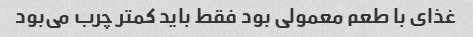
غذای با طعم معمولی بود فقط باید کمتر چرب می‌بود